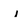
Character: i